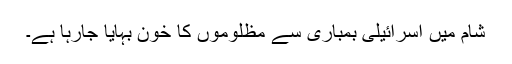
شام میں اسرائیلی بمباری سے مظلوموں کا خون بہایا جارہا ہے۔